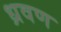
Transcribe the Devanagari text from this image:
ध्रवण